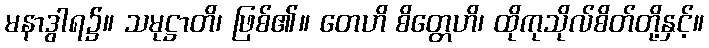
မနာဒွါရ၌။ သမုဋ္ဌာတိ၊ ဖြစ်၏။ တေဟိ စိတ္တေဟိ၊ ထိုကုသိုလ်စိတ်တို့နှင့်။